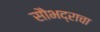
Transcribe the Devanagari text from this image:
सौभद्राचा